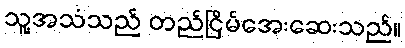
သူ့အသံသည် တည်ငြိမ်အေးဆေးသည်။